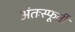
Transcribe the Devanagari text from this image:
अंतःस्फूर्ती